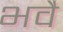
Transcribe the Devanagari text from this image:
भवै